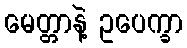
မေတ္တာနဲ့ ဥပေက္ခာ